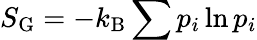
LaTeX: S_{\mathrm{G}}=-k_{\mathrm{B}}\sum p_{i}\ln p_{i}